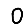
Digit: 0